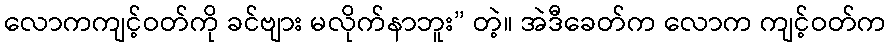
လောကကျင့်ဝတ်ကို ခင်ဗျား မလိုက်နာဘူး” တဲ့။ အဲဒီခေတ်က လောက ကျင့်ဝတ်က